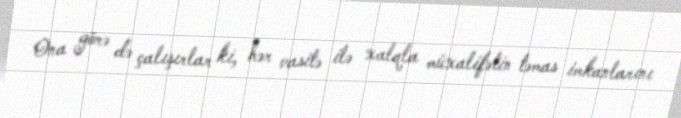
Ona görə də çalışırlar ki, hər vasitə ilə xalqla müxalifətin təmas imkanlarını